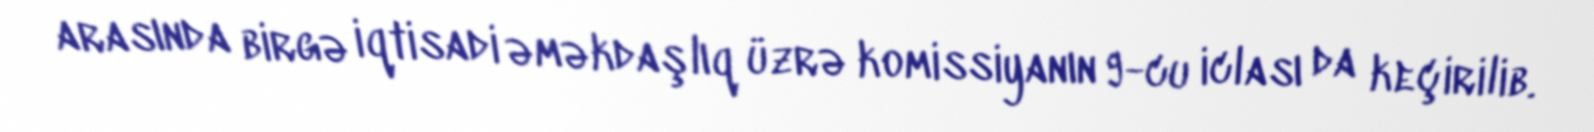
arasında birgə iqtisadi əməkdaşlıq üzrə komissiyanın 9-cu iclası da keçirilib.